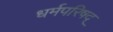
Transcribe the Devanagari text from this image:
धर्मपरिषद्